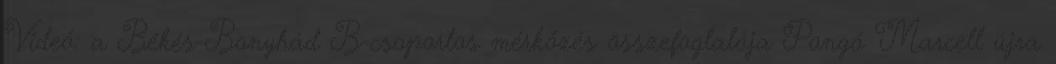
Videó: a Békés-Bonyhád B-csoportos mérkőzés összefoglalója Pongó Marcell újra